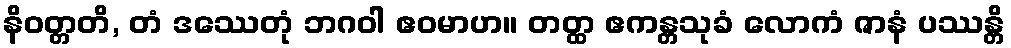
နိဝတ္တတိ, တံ ဒဿေတုံ ဘဂဝါ ဧဝမာဟ။ တတ္ထ ဧကန္တသုခံ လောကံ ဇာနံ ပဿန္တိ